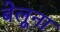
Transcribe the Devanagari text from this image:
बेलूना